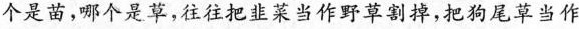
个是苗，哪个是草，往往把韭菜当作野草割掉，把狗尾草当作